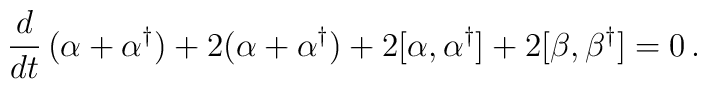
\frac{d}{dt} \, (\alpha + \alpha^\dagger) + 2 (\alpha + \alpha^\dagger)+ 2 [\alpha, \alpha^\dagger] + 2[\beta,\beta^\dagger] = 0 \, .